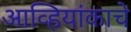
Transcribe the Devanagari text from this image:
आव्हियांकाचे